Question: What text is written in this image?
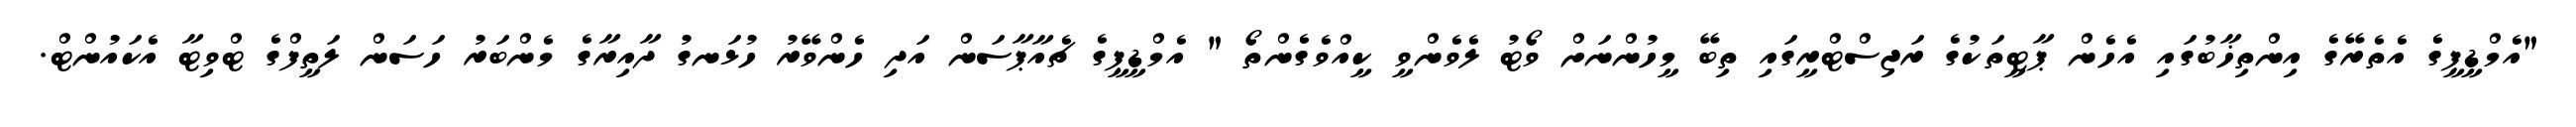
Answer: "އެމްޑީޕީގެ އެތެރޭގެ އިންތިޚާބުގައި އެހެން ޕާޓީތަކުގެ ރަޖިސްޓްރީގައި ތިބޭ މީހުންނަށް ވޯޓު ލެވެންވީ ކީއްވެގެންތޯ " އެމްޑީޕީގެ ޗެއާޕާސަން އަދި ހެންވޭރު ހުޅަނގު ދާއިރާގެ މެންބަރު ހަސަން ލަތީފްގެ ޓްވިޓާ އެކައުންޓް.